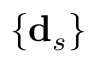
\{ \mathbf { d } _ { s } \}